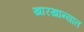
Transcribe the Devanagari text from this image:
खारखान्यात